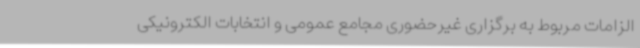
الزامات مربوط به برگزاری غیرحضوری مجامع عمومی و انتخابات الکترونیکی